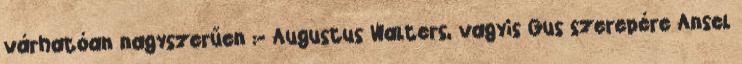
várhatóan nagyszerűen :- Augustus Walters, vagyis Gus szerepére Ansel